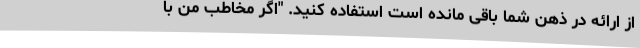
از ارائه در ذهن شما باقی مانده است استفاده کنید. "اگر مخاطب من با